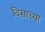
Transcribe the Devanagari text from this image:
दिसाच्या